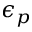
\epsilon _ { p }